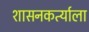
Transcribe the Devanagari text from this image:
शासनकर्त्याला